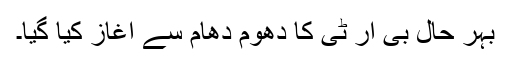
بہر حال بی آر ٹی کا دھوم دھام سے آغاز کیا گیا۔